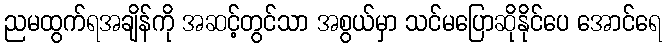
ညမထွက်ရအချိန်ကို အဆင့်တွင်သာ အစွယ်မှာ သင်မပြောဆိုနိုင်ပေ အောင်ရေ